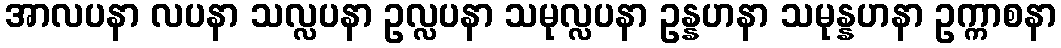
အာလပနာ လပနာ သလ္လပနာ ဥလ္လပနာ သမုလ္လပနာ ဥန္နဟနာ သမုန္နဟနာ ဥက္ကာစနာ